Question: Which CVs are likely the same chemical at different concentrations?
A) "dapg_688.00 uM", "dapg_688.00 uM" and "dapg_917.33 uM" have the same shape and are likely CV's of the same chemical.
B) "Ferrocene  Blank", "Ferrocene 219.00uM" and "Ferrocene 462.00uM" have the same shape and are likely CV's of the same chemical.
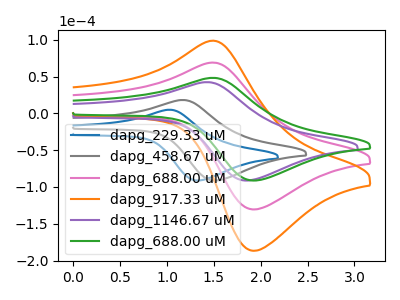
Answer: <think>The blue curve "dapg_229.33 uM" has an anodic peak at (1.00V, 4.90uA) and a cathodic peak at (1.35V, -91.20uA). The gray curve "dapg_458.67 uM" has an anodic peak at (1.15V, 18.15uA) and a cathodic peak at (1.55V, -91.20uA). The pink curve "dapg_688.00 uM" has an anodic peak at (1.50V, 68.95uA) and a cathodic peak at (1.95V, -130.45uA). The orange curve "dapg_917.33 uM" has an anodic peak at (1.50V, 137.85uA) and a cathodic peak at (1.95V, -260.90uA). The purple curve "dapg_1146.67 uM" has an anodic peak at (1.40V, 42.40uA) and a cathodic peak at (1.85V, -91.20uA). The green curve "dapg_688.00 uM" has an anodic peak at (1.50V, 48.20uA) and a cathodic peak at (1.95V, -91.20uA).
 "dapg_229.33 uM" and "dapg_458.67 uM" have at least one peak that do not match. "dapg_229.33 uM" and "dapg_688.00 uM" have at least one peak that do not match. "dapg_229.33 uM" and "dapg_917.33 uM" have at least one peak that do not match. "dapg_229.33 uM" and "dapg_1146.67 uM" have at least one peak that do not match. "dapg_229.33 uM" and "dapg_688.00 uM" have at least one peak that do not match. "dapg_458.67 uM" and "dapg_688.00 uM" have at least one peak that do not match. "dapg_458.67 uM" and "dapg_917.33 uM" have at least one peak that do not match. "dapg_458.67 uM" and "dapg_1146.67 uM" have at least one peak that do not match. "dapg_458.67 uM" and "dapg_688.00 uM" have at least one peak that do not match. All the peaks in "dapg_688.00 uM" have a peak in "dapg_917.33 uM" at the same potential. Every peak in "dapg_688.00 uM" is lower than every peak in "dapg_917.33 uM". "dapg_688.00 uM" and "dapg_1146.67 uM" have at least one peak that do not match. All the peaks in "dapg_688.00 uM" have a peak in "dapg_688.00 uM" at the same potential. Every peak in "dapg_688.00 uM" is higher than every peak in "dapg_688.00 uM". "dapg_917.33 uM" and "dapg_1146.67 uM" have at least one peak that do not match. All the peaks in "dapg_917.33 uM" have a peak in "dapg_688.00 uM" at the same potential. Every peak in "dapg_917.33 uM" is higher than every peak in "dapg_688.00 uM". "dapg_1146.67 uM" and "dapg_688.00 uM" have at least one peak that do not match.</think>
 <answer>A) "dapg_688.00 uM", "dapg_688.00 uM" and "dapg_917.33 uM" have the same shape and are likely CV's of the same chemical.</answer>
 <eval>A</eval>